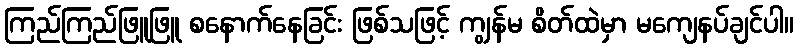
ကြည်ကြည်ဖြူဖြူ စနောက်နေခြင်း ဖြစ်သဖြင့် ကျွန်မ စိတ်ထဲမှာ မကျေနပ်ချင်ပါ။